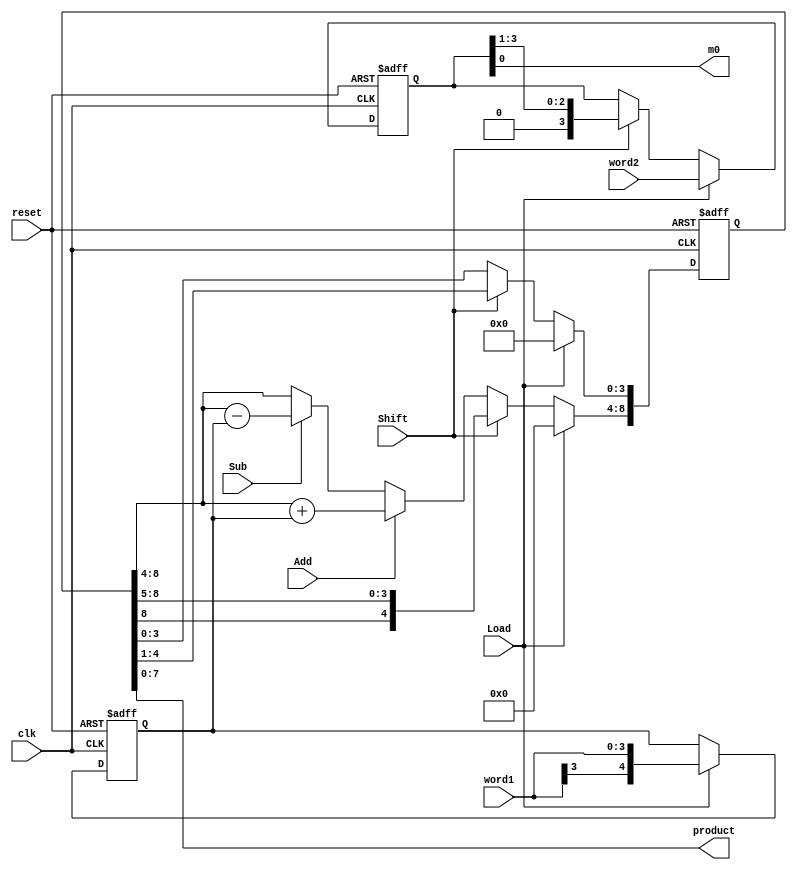
module hw9_smuldp (product, m0, word1, word2, Load, Shift, Add, Sub, reset, clk);
	output [7:0] product;
	output m0;
	input [3:0] word1, word2;
	input Load, Shift, Add, Sub, reset, clk;
	reg [8:0] eproduct;
	reg [3:0] multiplier;
	reg [4:0] multiplicand;
	reg c_out;
	wire m0;
	
	assign m0 = multiplier[0];
	assign product = eproduct[7:0];
	
	always @ (posedge clk or posedge reset) begin
		if (reset) begin
			multiplicand <= 0; multiplier <= 0; eproduct <= 0;
		end else if (Load) begin
			multiplicand <= {word1[3], word1}; multiplier <= word2; eproduct <= 0;
		end else if (Shift) begin
			multiplier <= multiplier >> 1;
			eproduct <= {eproduct[8], eproduct[8:1]};
		end else if (Add) begin
			eproduct[8:4] <= eproduct[8:4] + multiplicand;
		end else if (Sub) begin
			eproduct[8:4] <= eproduct[8:4] - multiplicand;
		end
	end
endmodule